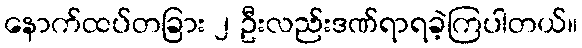
နောက်ထပ်တခြား ၂ ဦးလည်းဒဏ်ရာရခဲ့ကြပါတယ်။